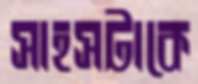
সাহসটাকে